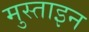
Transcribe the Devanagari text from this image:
मुस्ताइन